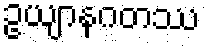
ဥယျာနဂတဿ